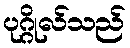
ပုဂ္ဂိုလ်သည်